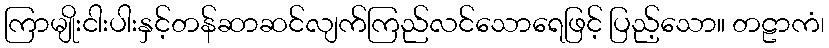
ကြာမျိုးငါးပါးနှင့်တန်ဆာဆင်လျက်ကြည်လင်သောရေဖြင့် ပြည့်သော။ တဠာကံ၊